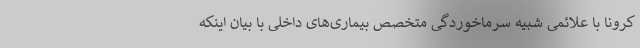
کرونا با علائمی شبیه سرماخوردگی متخصص بیماری‌های داخلی با بیان اینکه